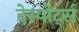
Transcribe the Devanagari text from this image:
देस्पोर्ट्स